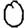
Digit: 0